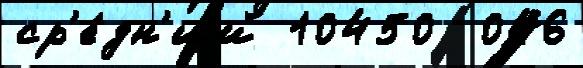
ср'е́дн'ий 10450  046